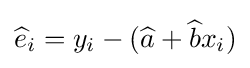
{\widehat {e}}_{i}=y_{i}-({\widehat {a}}+{\widehat {b}}x_{i})